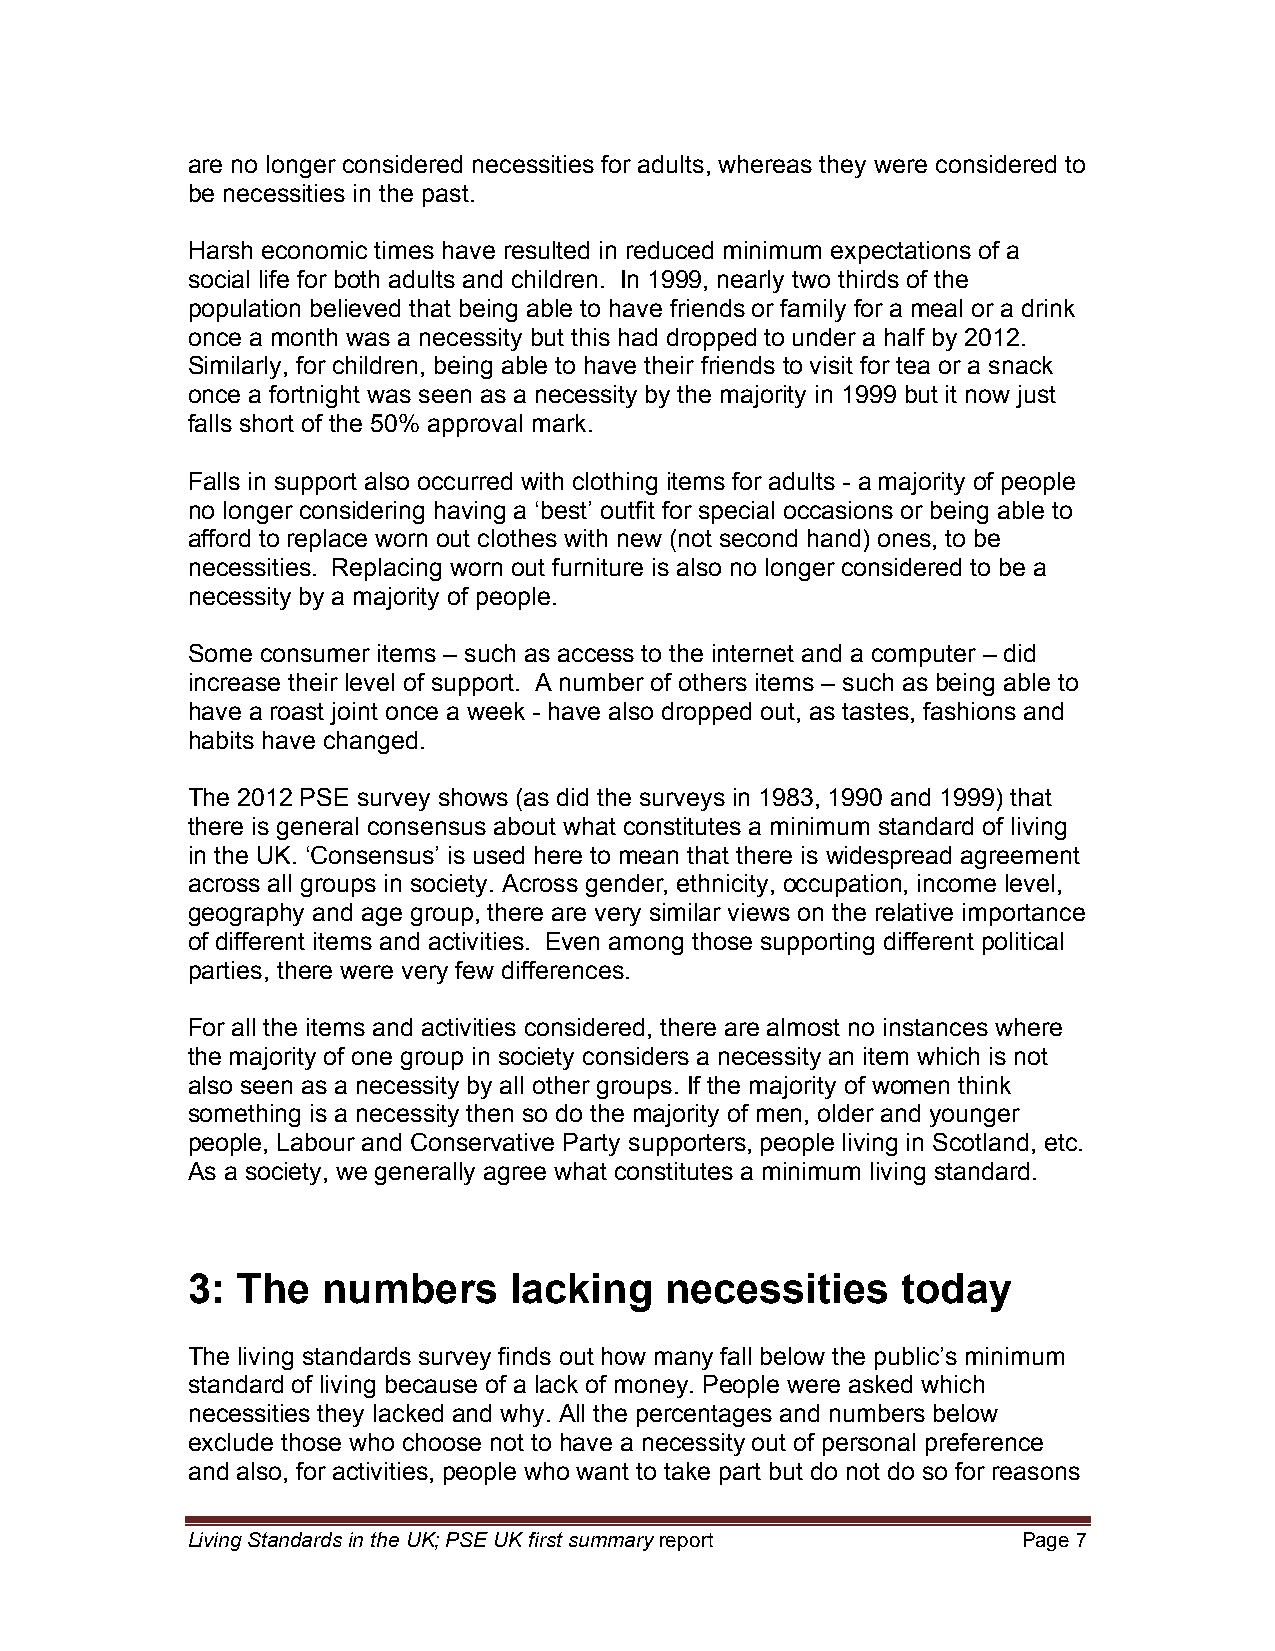
are no longer considered necessities for adults, whereas they were considered to
 be necessities in the past.
 Harsh economic times have resulted in reduced minimum expectations of a
 social life for both adults and children. In 1999, nearly two thirds of the
 population believed that being able to have friends or family for a meal or a drink
 once a month was a necessity but this had dropped to under a half by 2012.
 Similarly, for children, being able to have their friends to visit for tea or a snack
 once a fortnight was seen as a necessity by the majority in 1999 but it now just
 falls short of the 50% approval mark.
 Falls in support also occurred with clothing items for adults - a majority of people
 no longer considering having a ‘best’ outfit for special occasions or being able to
 afford to replace worn out clothes with new (not second hand) ones, to be
 necessities. Replacing worn out furniture is also no longer considered to be a
 necessity by a majority of people.
 Some consumer items – such as access to the internet and a computer – did
 increase their level of support. A number of others items – such as being able to
 have a roast joint once a week - have also dropped out, as tastes, fashions and
 habits have changed.
 The 2012 PSE survey shows (as did the surveys in 1983, 1990 and 1999) that
 there is general consensus about what constitutes a minimum standard of living
 in the UK. ‘Consensus’ is used here to mean that there is widespread agreement
 across all groups in society. Across gender, ethnicity, occupation, income level,
 geography and age group, there are very similar views on the relative importance
 of different items and activities. Even among those supporting different political
 parties, there were very few differences.
 For all the items and activities considered, there are almost no instances where
 the majority of one group in society considers a necessity an item which is not
 also seen as a necessity by all other groups. If the majority of women think
 something is a necessity then so do the majority of men, older and younger
 people, Labour and Conservative Party supporters, people living in Scotland, etc.
 As a society, we generally agree what constitutes a minimum living standard.
 3:  The  numbers      lacking   necessities     today
 The living standards survey finds out how many fall below the public’s minimum
 standard of living because of a lack of money. People were asked which
 necessities they lacked and why. All the percentages and numbers below
 exclude those who choose not to have a necessity out of personal preference
 and also, for activities, people who want to take part but do not do so for reasons
 Living Standards in the UK; PSE UK first summary report Page 7